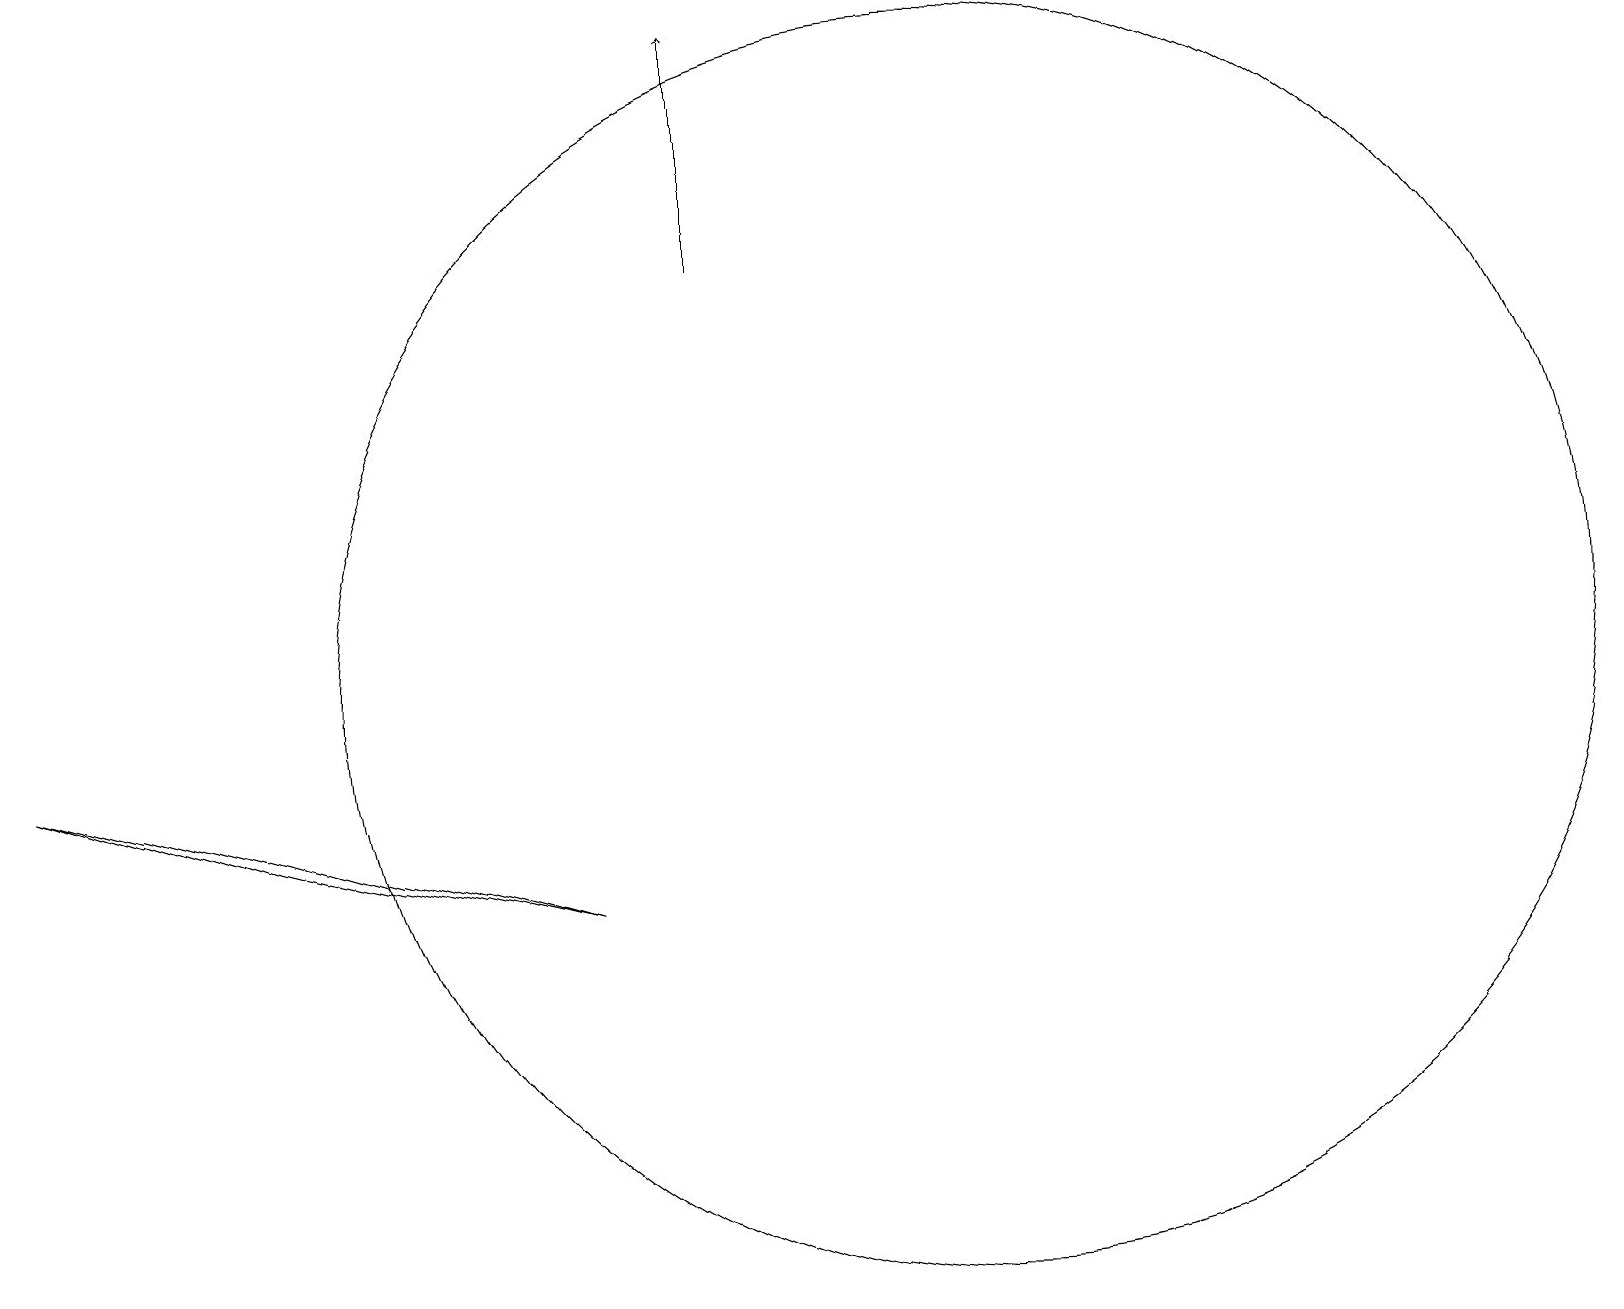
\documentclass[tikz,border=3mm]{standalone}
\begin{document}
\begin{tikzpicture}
\draw (12,10) circle (8);
\draw (0,9) -- (3,8) -- (7,7) -- cycle;
\draw[->] (9,15) -- (9,18);
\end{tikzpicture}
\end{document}